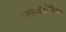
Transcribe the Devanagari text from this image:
एनहाइड्रोनियम